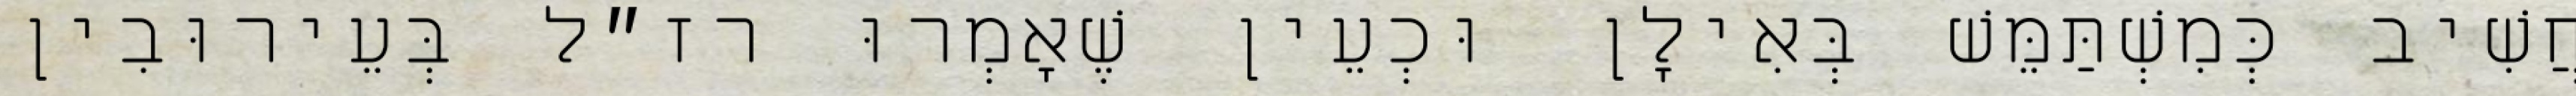
חֲשִׁיב כְּמִשְׁתַּמֵּשׁ בְּאִילָן וּכְעֵין שֶׁאָמְרוּ רז״ל בְּעֵירוּבִין